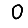
Digit: 0